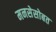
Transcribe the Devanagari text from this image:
मनसेसोबत